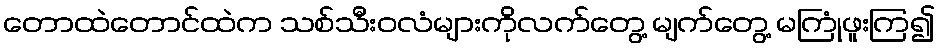
တောထဲတောင်ထဲက သစ်သီးဝလံများကိုလက်တွေ့ မျက်တွေ့ မကြုံဖူးကြ၍